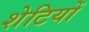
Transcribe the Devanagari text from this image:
शेटियों